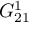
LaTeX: G _ { 2 1 } ^ { 1 }